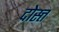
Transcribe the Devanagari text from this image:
दोस्त्त